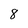
Character: 8